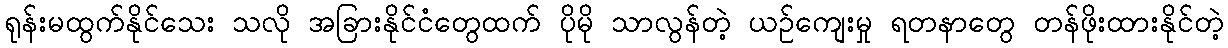
ရုန်းမထွက်နိုင်သေး သလို အခြားနိုင်ငံတွေထက် ပိုမို သာလွန်တဲ့ ယဉ်ကျေးမှု ရတနာတွေ တန်ဖိုးထားနိုင်တဲ့